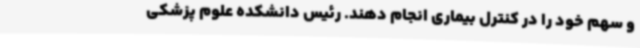
و سهم خود را در کنترل بیماری انجام دهند. رئیس دانشکده علوم پزشکی